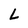
Character: L